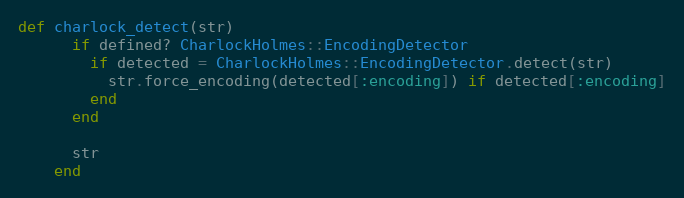
Language: Ruby
def charlock_detect(str)
      if defined? CharlockHolmes::EncodingDetector
        if detected = CharlockHolmes::EncodingDetector.detect(str)
          str.force_encoding(detected[:encoding]) if detected[:encoding]
        end
      end

      str
    end